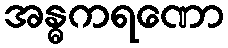
အန္ဓကရဏော